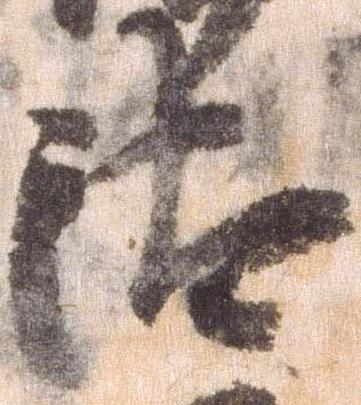
汰